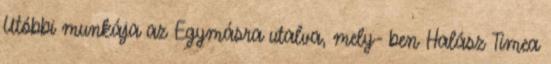
Utóbbi munkája az Egymásra utalva, mely- ben Halász Tímea